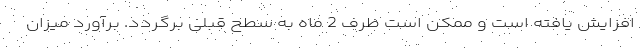
افزایش یافته است و ممکن است ظرف 2 ماه به سطح قبلی برگردد. برآورد میزان